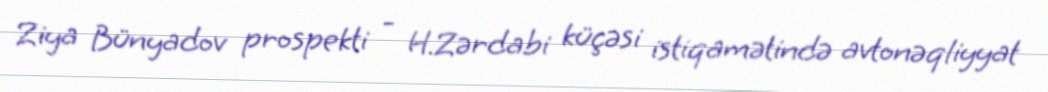
Ziya Bünyadov prospekti - H.Zərdabi küçəsi istiqamətində avtonəqliyyat